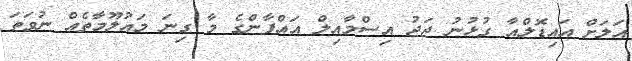
އަލަށް އައިޑޮލްއާ ގުޅުނު ޖަޖު އިސްމާއިލް އައްފާންގެ މާ ގިނަ މައުލޫމާތެއް ނުވަތަ